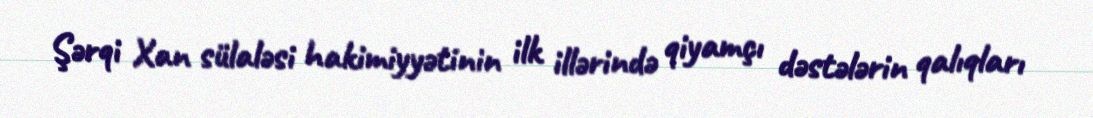
Şərqi Xan sülaləsi hakimiyyətinin ilk illərində qiyamçı dəstələrin qalıqları